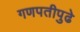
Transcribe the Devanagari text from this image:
गणपतीपुढे